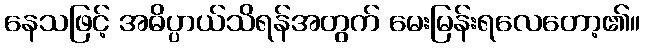
နေသဖြင့် အဓိပ္ပာယ်သိရန်အတွက် မေးမြန်းရလေတော့၏။